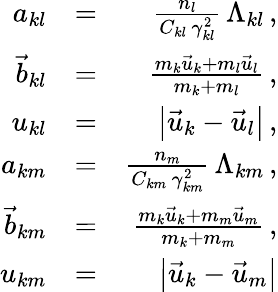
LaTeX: \begin{array}{rlr}{a_{kl}}&{=}&{\frac{n_{l}}{C_{kl}\, \gamma_{kl}^{2}}\, \Lambda_{kl}\, ,}\\ {\vec{b}_{kl}}&{=}&{\frac{m_{k}\vec{u}_{k}+m_{l}\vec{u}_{l}}{m_{k}+m_{l}}\, ,}\\ {u_{kl}}&{=}&{\left|\vec{u}_{k}-\vec{u}_{l}\right|\, ,}\\ {a_{km}}&{=}&{\frac{n_{m}}{C_{km}\, \gamma_{km}^{2}}\, \Lambda_{km}\, ,}\\ {\vec{b}_{km}}&{=}&{\frac{m_{k}\vec{u}_{k}+m_{m}\vec{u}_{m}}{m_{k}+m_{m}}\, ,}\\ {u_{km}}&{=}&{\left|\vec{u}_{k}-\vec{u}_{m}\right|}\end{array}